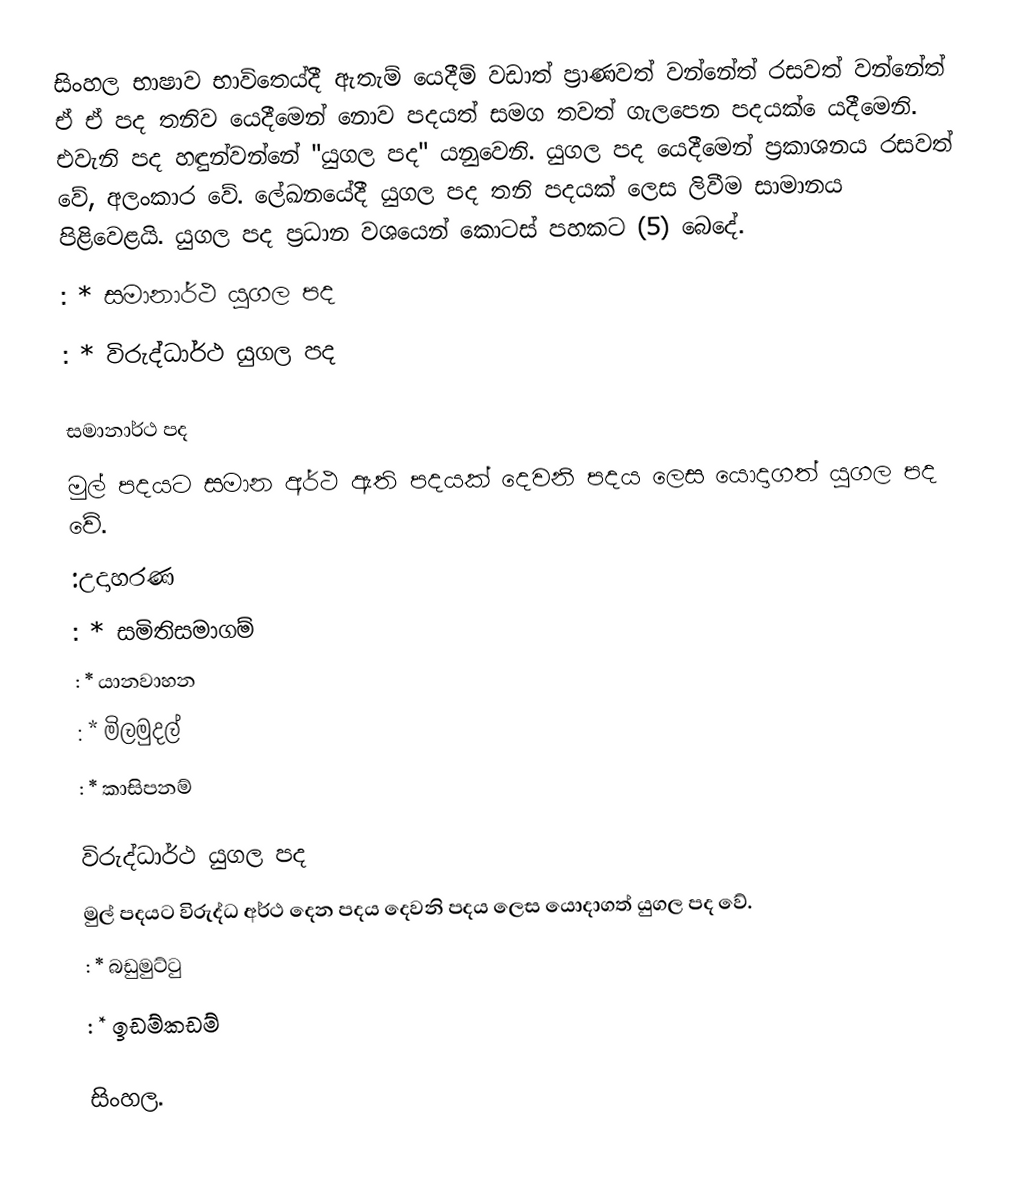
සිංහල භාෂාව භාවිතෙය්දී ඇතැම් යෙදීම් වඩාත් ප්‍රාණවත් වන්නේත් රසවත් වන්නේත් ඒ ඒ පද තනිව යෙදීමෙන් නොව  පදයත් සමග තවත් ගැලපෙන පදයක් ෙයදීමෙනි. එවැනි පද හඳුන්වන්නේ "යුගල පද" යනුවෙනි. යුගල පද යෙදීමෙන් ප්‍රකාශනය රසවත් වේ, අලංකාර වේ. ලේඛනයේදී යුගල පද තනි පදයක් ලෙස ලිවීම සාමානය පිළිවෙළයි. යුගල පද ප්‍රධාන වශයෙන් කොටස් පහකට (5) බෙදේ.
 : * සමානාර්ථ යුගල පද
 : * විරුද්ධාර්ථ යුගල පද

සමානාර්ථ පද
 මුල් පදයට සමාන අර්ථ ඇති පදයක් දෙවනි පදය ලෙස යොදාගත් යුගල පද වේ.
 :උදාහරණ
 : * සමිතිසමාගම්
 : * යානවාහන
 : * මිලමුදල්
 : * කාසිපනම්

විරුද්ධාර්ථ යුගල පද
 මුල් පදයට විරුද්ධ අර්ථ දෙන පදය දෙවනි පදය ලෙස යොදාගත් යුගල පද වේ.
 : * බඩුමුට්ටු
 : * ඉඩම්කඩම්

සිංහල.